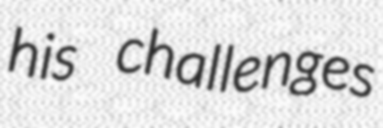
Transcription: his challenges